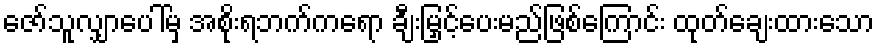
ဇော်သူလျှာပေါ်မှ အစိုးရဘက်ကရော ချီးမြှင့်ပေးမည်ဖြစ်ကြောင်း ထုတ်ချေးထားသော